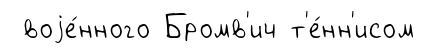
воjе́нного Бромв'ич т'е́нн'исом